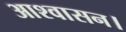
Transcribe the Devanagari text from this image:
आश्‍वासन।